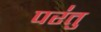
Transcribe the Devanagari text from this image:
पर॑तु